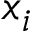
x _ { i }